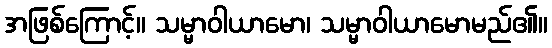
အဖြစ်ကြောင့်။ သမ္မာဝါယာမော၊ သမ္မာဝါယာမောမည်၏။